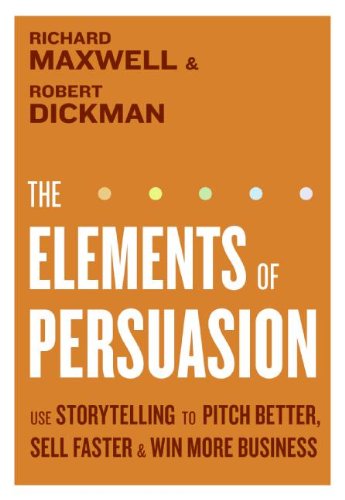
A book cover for The Elements of Persuasion: Use Storytelling to Pitch Better, Sell Faster & Win More Business; Richard Maxwell; Health, Fitness & Dieting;